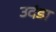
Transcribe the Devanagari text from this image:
उदंडा